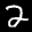
Label: 2